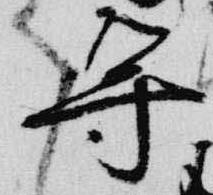
導